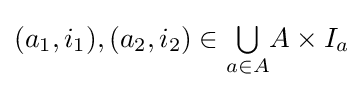
(a_{1},i_{1}),\left(a_{2},i_{2}\right)\in {\textstyle \bigcup \limits _{a\in A}}A\times I_{a}